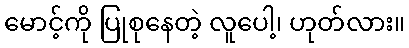
မောင့်ကို ပြုစုနေတဲ့ လူပေါ့၊ ဟုတ်လား။